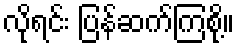
လိုရင်း ပြန်ဆက်ကြစို့။